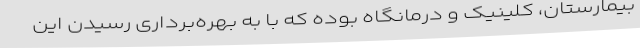
بیمارستان، کلینیک و درمانگاه بوده که با به بهره‌برداری رسیدن این